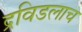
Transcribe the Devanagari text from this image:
द्रविडलाच